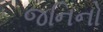
જનિનો